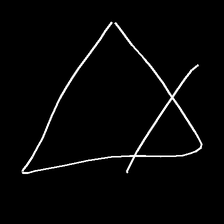
Glyph: empower